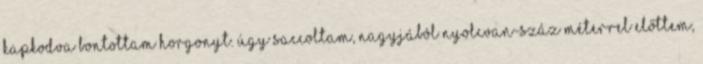
kapkodva bontottam horgonyt. Úgy saccoltam, nagyjából nyolcvan-száz méterrel előttem,